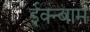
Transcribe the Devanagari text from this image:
ईक्न्बाम